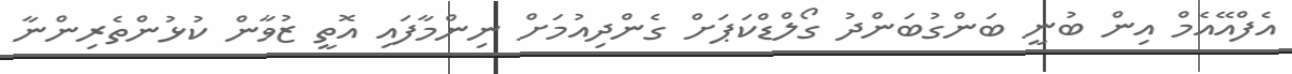
އެފްއޭއެމް އިން ބުނީ ބަންގުބަންދު ގޯލްޑްކަޕަށް ގެންދިއުމަށް ނިންމާފައި އޮތީ ޒުވާން ކުޅުންތެރިންނާ